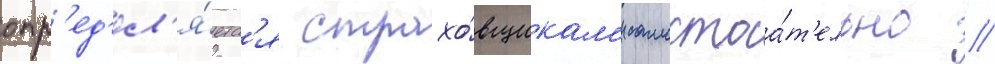
опр'ед'ел'я́етс'я страхо́вщикам'и самостоа́т'ельно //